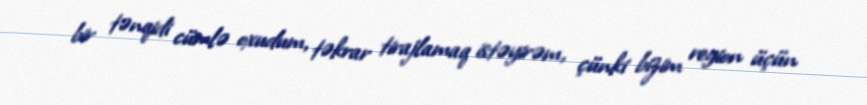
bir tənqidi cümlə oxudum, təkrar tirajlamaq istəyirəm, çünki bizim region üçün